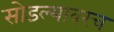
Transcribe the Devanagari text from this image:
सोडल्यावरच